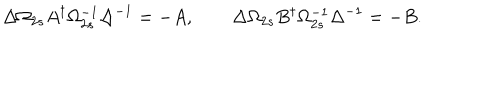
\Delta \Omega _ { 2 s } A ^ { \dagger } \Omega _ { 2 s } ^ { - 1 } \Delta ^ { - 1 } = - A , \qquad \Delta \Omega _ { 2 s } B ^ { \dagger } \Omega _ { 2 s } ^ { - 1 } \Delta ^ { - 1 } = - B .